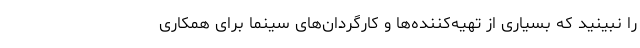
را نبینید که بسیاری از تهیه‌کننده‌ها و کارگردان‌های سینما برای همکاری